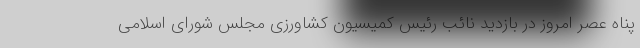
پناه عصر امروز در بازدید نائب رئیس کمیسیون کشاورزی مجلس شورای اسلامی